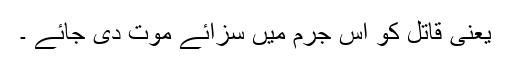
یعنی قاتل کو اس جرم میں سزائے موت دی جائے ۔